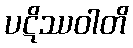
ပဋိဿဝါတိ